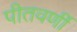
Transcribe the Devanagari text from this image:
पीतवर्णी